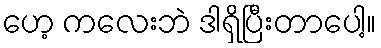
ဟေ့ ကလေးဘဲ ဒါရှိပြီးတာပေါ့။